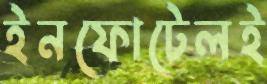
ইনফোটেলই